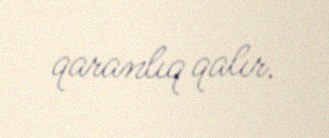
qaranlıq qalır.